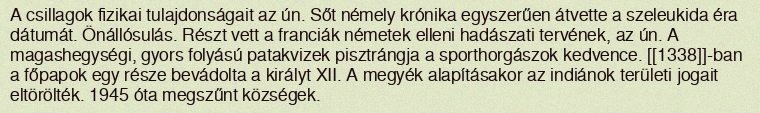
A csillagok fizikai tulajdonságait az ún. Sőt némely krónika egyszerűen átvette a szeleukida éra dátumát. Önállósulás. Részt vett a franciák németek elleni hadászati tervének, az ún. A magashegységi, gyors folyású patakvizek pisztrángja a sporthorgászok kedvence. [[1338]]-ban a főpapok egy része bevádolta a királyt XII. A megyék alapításakor az indiánok területi jogait eltörölték. 1945 óta megszűnt községek.